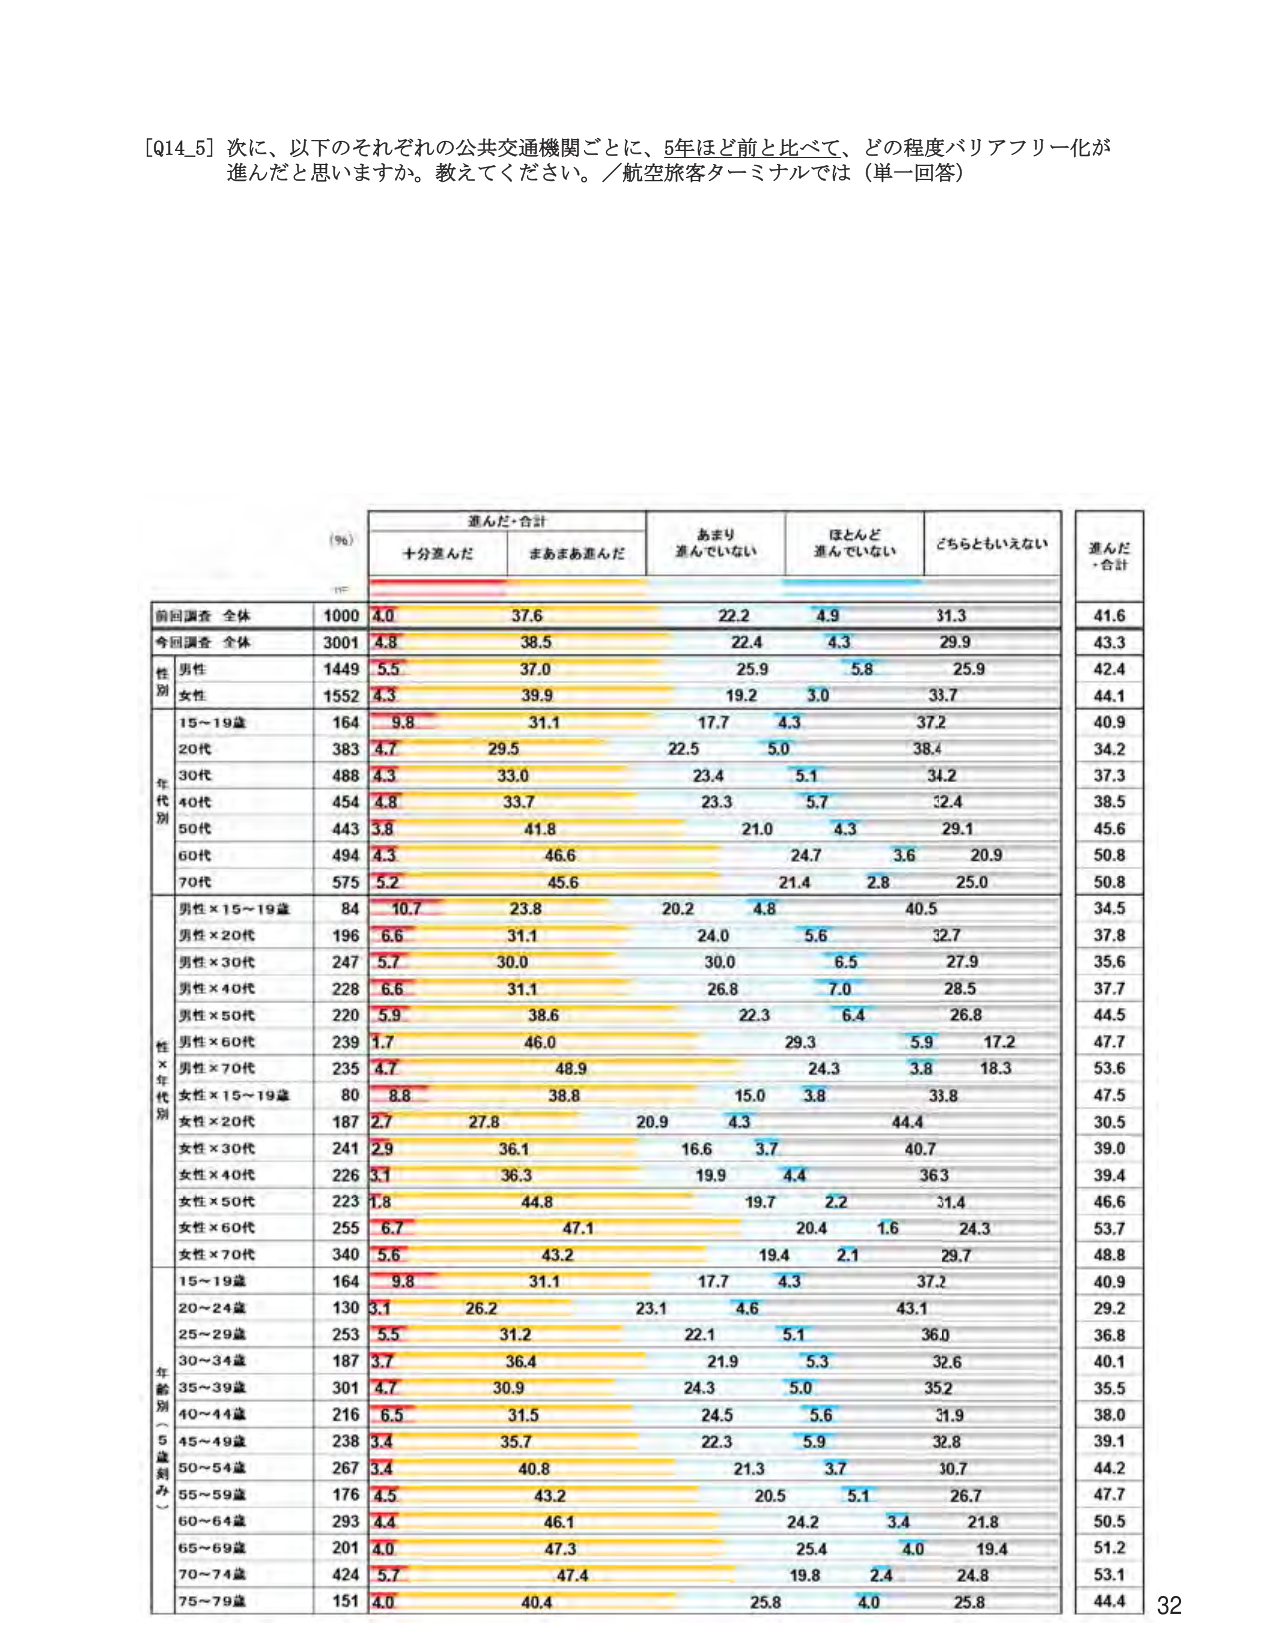
[Q14_5] 次に、以下のそれぞれの公共交通機関ごとに、5年ほど前と比べて、どの程度バリアフリー化が進んだと思いますか。教えてください。／航空旅客ターミナルでは（単一回答）

(％)
進んだ・合計
十分進んだ
まあまあ進んだ
あまり進んでいない
ほとんど進んでいない
どちらともいえない
進んだ・合計

前回調査 全体
1000
4.0
37.6
22.2
4.9
31.3
41.6

今回調査 全体
3001
4.8
38.5
22.4
4.3
29.9
43.3

性別
男性
1449
5.5
37.0
25.9
5.8
25.9
42.4

女性
1552
4.3
39.9
19.2
3.0
33.7
44.1

年代別
15～19歳
164
9.8
31.1
17.7
4.3
37.2
40.9

20代
383
4.7
29.5
22.5
5.0
38.4
34.2

30代
488
4.3
33.0
23.4
5.1
34.2
37.3

40代
454
4.8
33.7
23.3
5.7
32.4
38.5

50代
443
3.8
41.8
21.0
4.3
29.1
45.6

60代
494
4.3
46.6
24.7
3.6
20.9
50.8

70代
575
5.2
45.6
21.4
2.8
25.0
50.8

性×年代別
男性×15～19歳
84
10.7
23.8
20.2
4.8
40.5
34.5

男性×20代
196
6.6
31.1
24.0
5.6
32.7
37.8

男性×30代
247
5.7
30.0
30.0
6.5
27.9
35.6

男性×40代
228
6.6
31.1
26.8
7.0
28.5
37.7

男性×50代
220
5.9
38.6
22.3
6.4
26.8
44.5

男性×60代
239
1.7
46.0
29.3
5.9
17.2
47.7

男性×70代
235
4.7
48.9
24.3
3.8
18.3
53.6

女性×15～19歳
80
8.8
38.8
15.0
3.8
33.8
47.5

女性×20代
187
2.7
27.8
20.9
4.3
44.4
30.5

女性×30代
241
2.9
36.1
16.6
3.7
40.7
39.0

女性×40代
226
3.1
36.3
19.9
4.4
36.3
39.4

女性×50代
223
1.8
44.8
19.7
2.2
31.4
46.6

女性×60代
255
6.7
47.1
20.4
1.6
24.3
53.7

女性×70代
340
5.6
43.2
19.4
2.1
29.7
48.8

年齢別（5歳刻み）
15～19歳
164
9.8
31.1
17.7
4.3
37.2
40.9

20～24歳
130
3.1
26.2
23.1
4.6
43.1
29.2

25～29歳
253
5.5
31.2
22.1
5.1
36.0
36.8

30～34歳
187
3.7
36.4
21.9
5.3
32.6
40.1

35～39歳
301
4.7
30.9
24.3
5.0
35.2
35.5

40～44歳
216
6.5
31.5
24.5
5.6
31.9
38.0

45～49歳
238
3.4
35.7
22.3
5.9
32.8
39.1

50～54歳
267
3.4
40.8
21.3
3.7
30.7
44.2

55～59歳
176
4.5
43.2
20.5
5.1
26.7
47.7

60～64歳
293
4.4
46.1
24.2
3.4
21.8
50.5

65～69歳
201
4.0
47.3
25.4
4.0
19.4
51.2

70～74歳
424
5.7
47.4
19.8
2.4
24.8
53.1

75～79歳
151
4.0
40.4
25.8
4.0
25.8
44.4

32